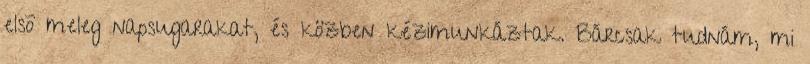
elsõ meleg napsugarakat, és közben kézimunkáztak. Bárcsak tudnám, mi